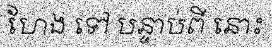
ហែង ទៅ បន្ទាប់ពី នោះ